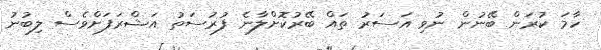
ހާމަ ކުރަން ބޭނުން ނުވި އަސަރު ތައް ބޭރުކޮށްލާނެ ފުރުސަތު އަޝްރަފަށްވެސް ލިބުނު